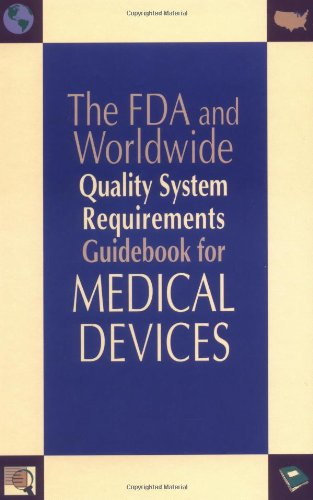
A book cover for The FDA and Worldwide Quality System Requirements Guidebook for Medical Devices; Kimberly A. Trautman; Law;